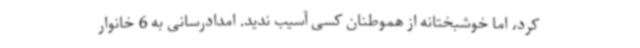
کرد، اما خوشبختانه از هموطنان کسی آسیب ندید. امدادرسانی به 6 خانوار